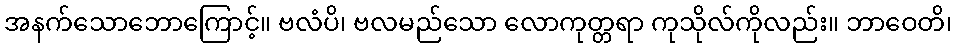
အနက်သောဘောကြောင့်။ ဗလံပိ၊ ဗလမည်သော လောကုတ္တရာ ကုသိုလ်ကိုလည်း။ ဘာဝေတိ၊